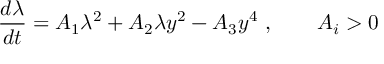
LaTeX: { \frac { d \lambda } { d t } } = A _ { 1 } \lambda ^ { 2 } + A _ { 2 } \lambda y ^ { 2 } - A _ { 3 } y ^ { 4 } \ , \qquad A _ { i } > 0